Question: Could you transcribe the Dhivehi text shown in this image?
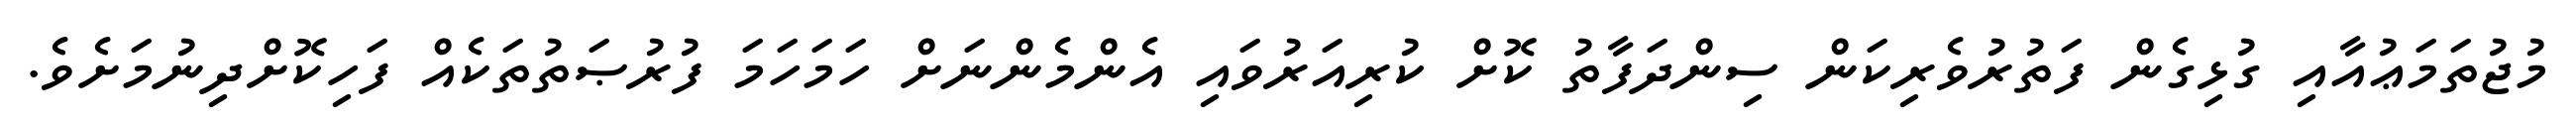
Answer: މުޖުތަމަޢުއާއި ގުޅިގެން ފަތުރުވެރިކަން ސިންދަފާތު ކޮށް ކުރިއަރުވައި އެންމެންނަށް ހަމަހަމަ ފުރުޞަތުތަކެއް ފަހިކޮށްދިނުމަށެވެ.